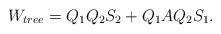
LaTeX: \begin{align*} W_{tree}= Q_1 Q_2 S_2 + Q_1 A Q_2 S_1.\end{align*}